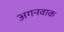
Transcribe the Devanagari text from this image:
अगनवाक